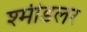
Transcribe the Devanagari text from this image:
श्मीडलर